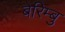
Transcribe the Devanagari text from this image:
बेरिम्बु